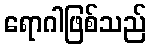
ရောဂါဖြစ်သည်